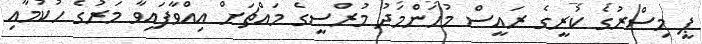
ޕީ މިސްރުގެ ކުރީގެ ރައީސް މުހަންމަދު މުރްސީގެ މައްޗަށް އިއްވާފައިވާ މަރުގެ ހުކުމާއި